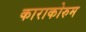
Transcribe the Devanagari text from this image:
काराकोरुम